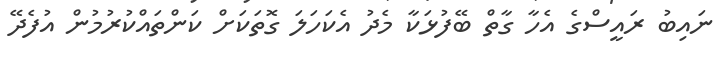
ނައިބު ރައީސްގެ އެހާ ގާތް ބޭފުޅަކާ މެދު އެކަަހަލަ ގޮތަކަށް ކަންތައްކުރުމުން އުފެދޭ